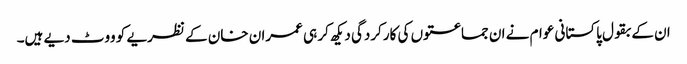
ان کے بقول پاکستانی عوام نے ان جماعتوں کی کارکردگی دیکھ کر ہی عمران خان کے نظریے کو ووٹ دیے ہیں۔